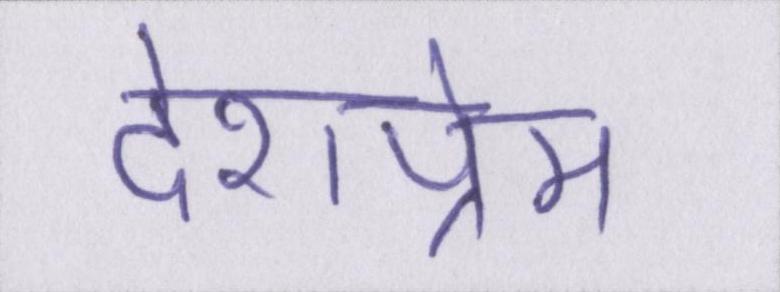
देशप्रेम